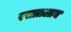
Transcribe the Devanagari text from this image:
रसातलाय